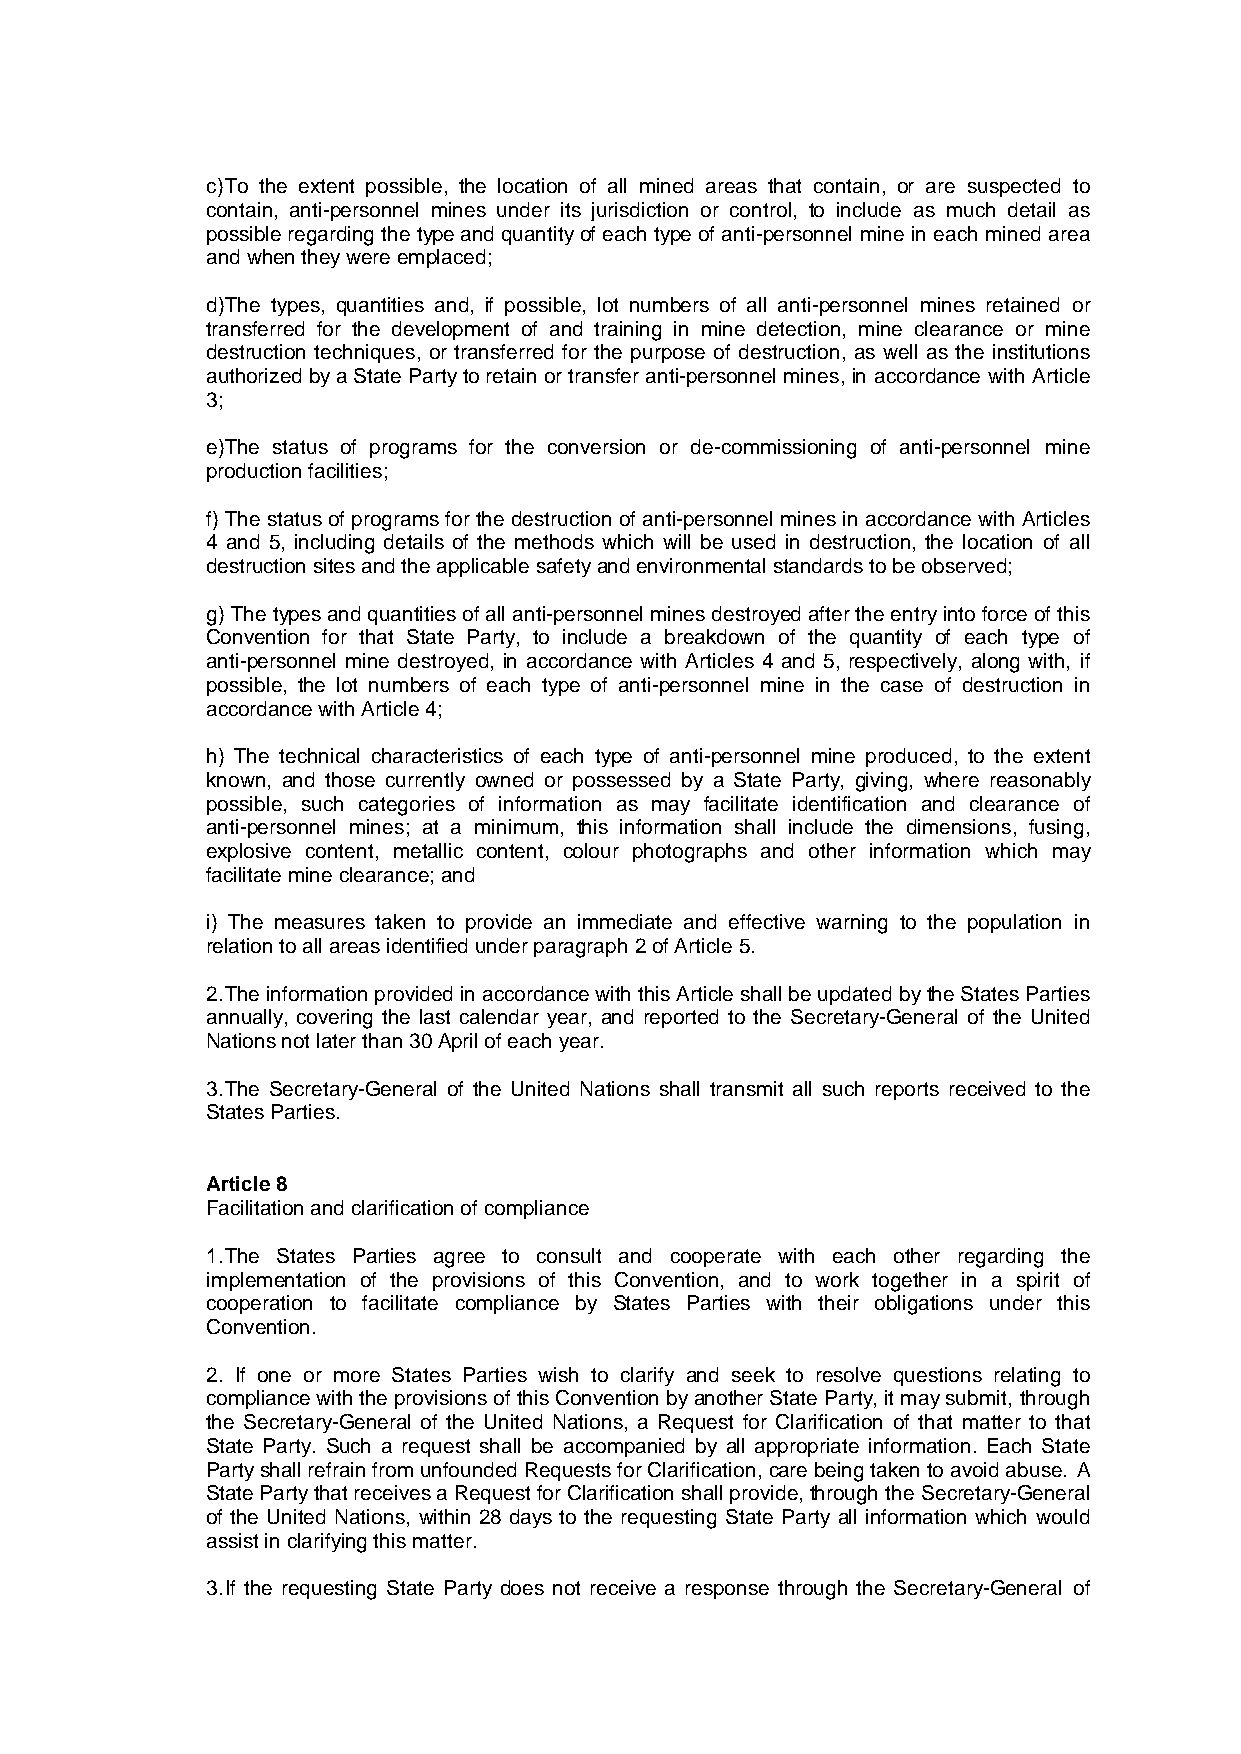
c)To the extent possible, the location of all mined areas that contain, or are suspected to
 contain, anti-personnel mines under its jurisdiction or control, to include as much detail as
 possible regarding the type and quantityof each type of anti-personnel mine in each mined area
 and when theywere emplaced;
 d)The types, quantities and, if possible, lot numbers of all anti-personnel mines retained or
 transferred for the development of and training in mine detection, mine clearance or mine
 destruction techniques, or transferred for the purpose of destruction, as well as the institutions
 authorized bya State Partyto retain or transfer anti-personnel mines,in accordance with Article
 3;
 e)The status of programs for the conversion or de-commissioning of anti-personnel mine
 production facilities;
 f)The status of programs for the destruction of anti-personnel mines in accordance with Articles
 4 and 5, including details of the methods which will be used in destruction, the location of all
 destruction sites and the applicable safetyand environmental standards to be observed;
 g)The types and quantities of all anti-personnel mines destroyed after the entryinto force of this
 Convention for that State Party, to include a breakdown of the quantity of each type of
 anti-personnel mine destroyed, in accordance with Articles 4 and 5, respectively, along with, if
 possible, the lot numbers of each type of anti-personnel mine in the case of destruction in
 accordance with Article4;
 h) The technical characteristics of each type of anti-personnel mine produced, to the extent
 known, and those currently owned or possessed by a State Party, giving, where reasonably
 possible, such categories of information as may facilitate identification and clearance of
 anti-personnel mines; at a minimum, this information shall include the dimensions, fusing,
 explosive content, metallic content, colour photographs and other information which may
 facilitate mine clearance;and
 i) The measures taken to provide an immediate and effective warning to the population in
 relation to all areas identified under paragraph2of Article5.
 2.The information provided in accordance with this Article shall be updated bythe States Parties
 annually, covering the last calendar year, and reported to the Secretary-General of the United
 Nations not later than30April of each year.
 3.The Secretary-General of the United Nations shall transmit all such reports received to the
 States Parties.
 Article8
 Facilitation and clarification of compliance
 1.The States Parties agree to consult and cooperate with each other regarding the
 implementation of the provisions of this Convention, and to work together in a spirit of
 cooperation to facilitate compliance by States Parties with their obligations under this
 Convention.
 2. If one or more States Parties wish to clarify and seek to resolve questions relating to
 compliance with the provisions of this Convention byanother State Party,it maysubmit, through
 the Secretary-General of the United Nations, a Request for Clarification of that matter to that
 State Party. Such a request shall be accompanied by all appropriate information. Each State
 Partyshall refrain from unfounded Requests for Clarification,care being taken to avoid abuse. A
 State Partythat receives a Request for Clarification shall provide,through the Secretary-General
 of the United Nations, within 28 days to the requesting State Party all information which would
 assist in clarifying this matter.
 3.If the requesting State Party does not receive a response through the Secretary-General of